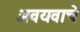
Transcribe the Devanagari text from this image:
अवयवाचे